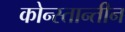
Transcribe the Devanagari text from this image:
कोन्स्तान्तीन